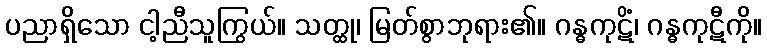
ပညာရှိသော ငါ့ညီသူကြွယ်။ သတ္ထု၊ မြတ်စွာဘုရား၏။ ဂန္ဓကုဋိံ၊ ဂန္ဓကုဋီကို။